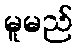
မူမည်